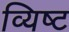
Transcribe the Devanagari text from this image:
व्यिष्ट